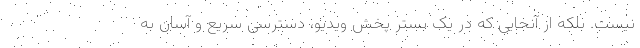
نیست. بلکه از آنجایی که در یک بستر پخش ویدیو، دسترسی سریع و آسان به